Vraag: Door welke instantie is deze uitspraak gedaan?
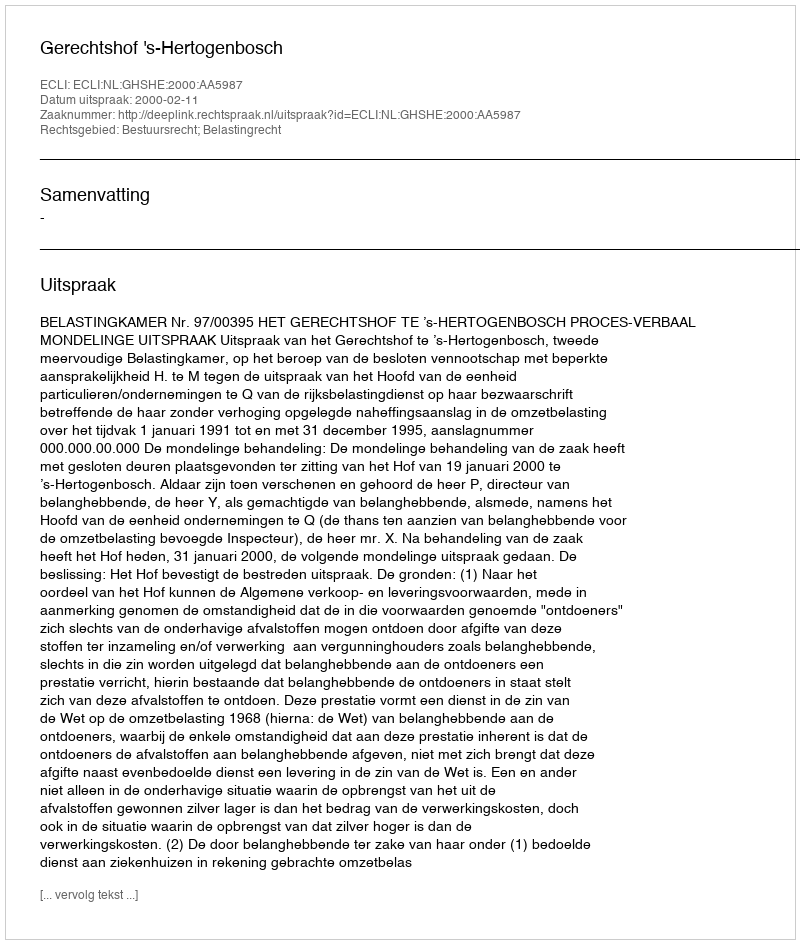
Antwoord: Gerechtshof 's-Hertogenbosch